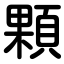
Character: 顆